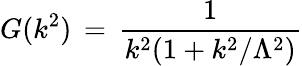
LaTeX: G(k^{2})\, =\, \frac{1}{k^{2}(1+k^{2}/\Lambda^{2})}